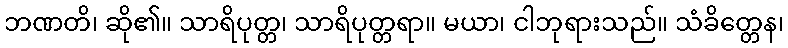
ဘဏတိ၊ ဆို၏။ သာရိပုတ္တ၊ သာရိပုတ္တရာ။ မယာ၊ ငါဘုရားသည်။ သံခိတ္တေန၊